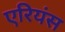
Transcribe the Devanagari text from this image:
एरियंस